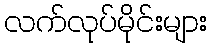
လက်လုပ်မိုင်းများ